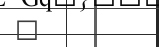
٤